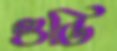
গুডি